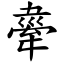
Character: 舝